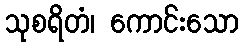
သုစရိတံ၊ ကောင်းသော